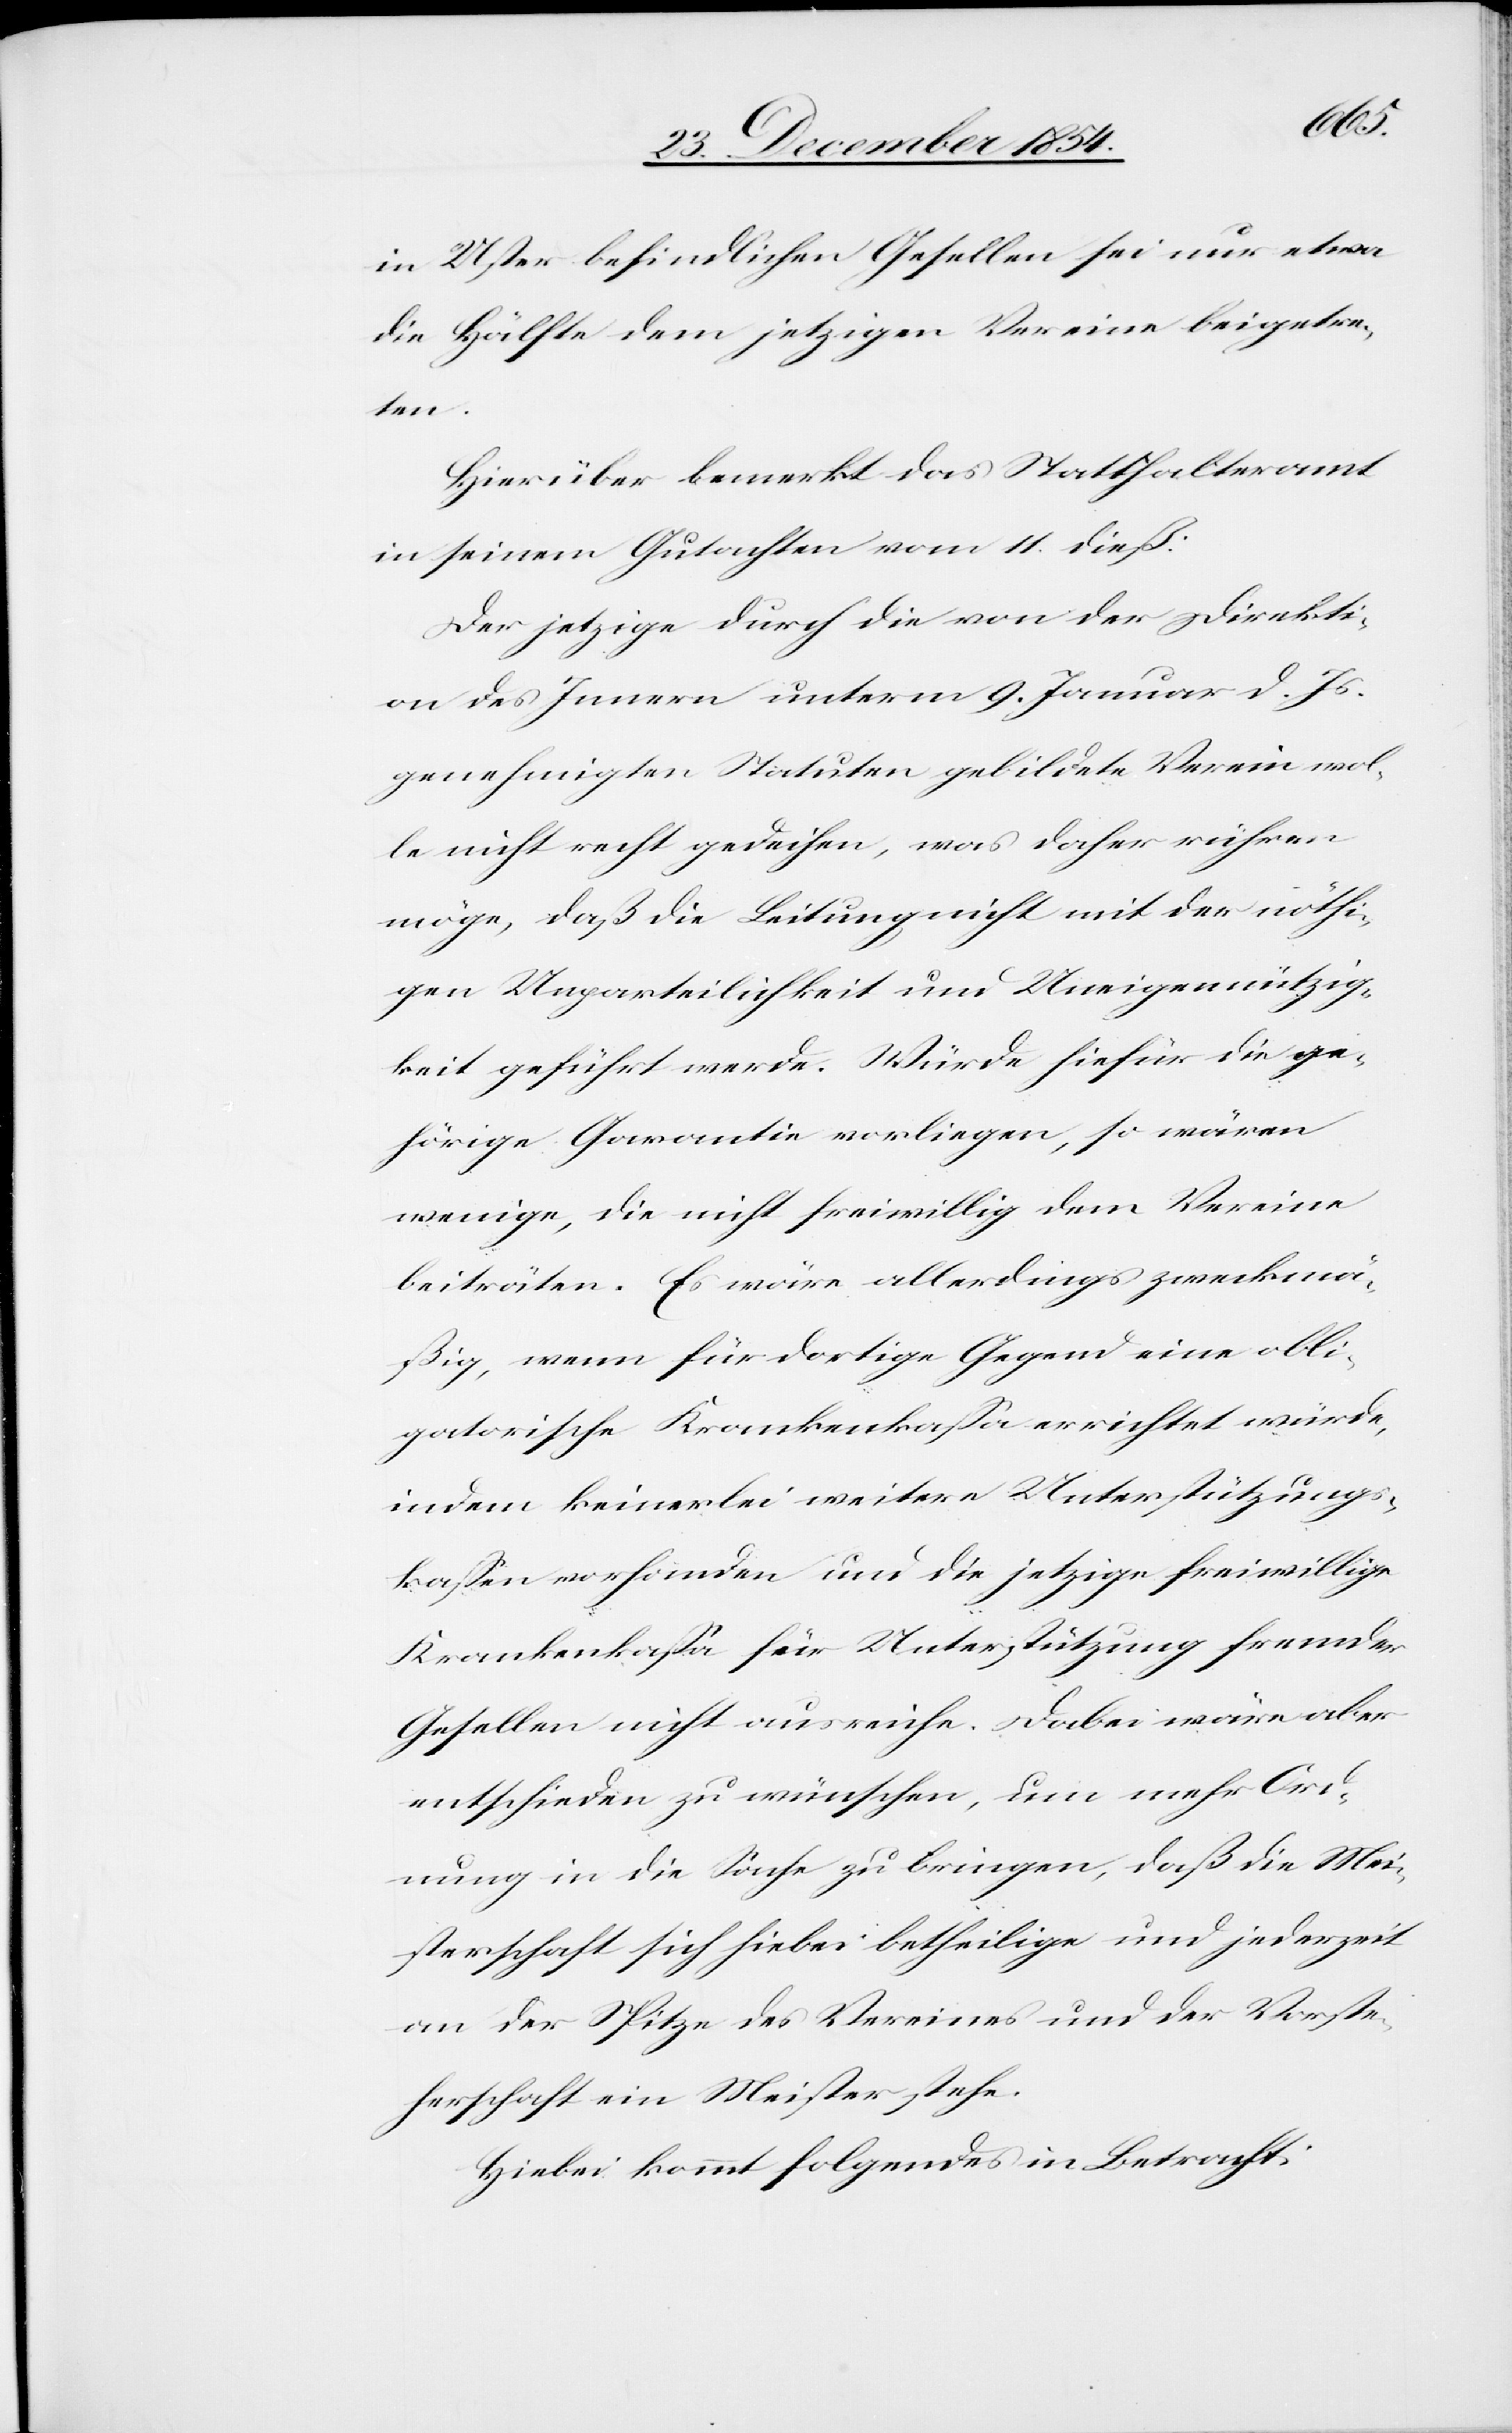
in Uster befindlichen Gesellen sei nur etwa
die Hälfte dem jetzigen Vereine beigetre¬
ten.
Hierüber bemerkt das Statthalteramt
in seinem Gutachten vom 11. dieß:
Der jetzige durch die von der Direkti¬
on des Innern unterm 9. Januar d. Js.
genehmigten Statuten gebildete Verein wol¬
lte nicht recht gedeihen, was daher rühren
möge, daß die Leitung nicht mit der nöthi¬
gen Unparteilichkeit und Uneigennützig¬
keit geführt werde. Würde hiefür die ge¬
hörige Garantie vorliege, so wären
wenige, die nicht freiwillig dem Vereine
beiträten. Es wäre allerdings zweckmä¬
ßig, wenn für dortige Gegend eine obli¬
gatorische Krankenkaßa errichtet würde,
indem keinerlei weitere Unterstützungs¬
kaßen vorhanden und die jetzige freiwillige
Krankenkaßa für Unterstützung fremder
Gesellen nicht ausreiche. Dabei wäre aber
entschieden zu wünschen, um mehr Ord¬
nung in die Sache zu bringen, daß die Mei¬
sterschaft sich hiebei betheilige und jederzeit
an der Spitze des Vereines und der Vorste¬
herschaft ein Meister stehe.
Hiebei kommt folgendes in Betracht: